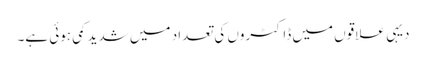
دیہی علاقوں میں ڈاکٹروں کی تعداد میں شدید کمی ہوئی ہے۔